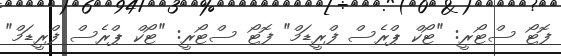
ފޮޓޯ ސްޓޯރީ: "ޓޯކް ޕްރެސް ފްރީޑަމް" ފޮޓޯ ސްޓޯރީ: "ޓޯކް ޕްރެސް ފްރީޑަމް"